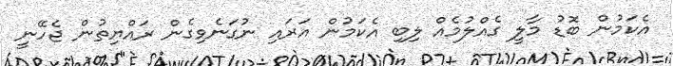
އެކަމުން ބޮޑު މާލީ ގެއްލުމެއް ލިބި އެކަމުން އަރައި ނުގަނެވިގެން ރައްޔިތުން ޖެހޭނީ